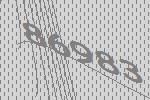
86983